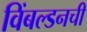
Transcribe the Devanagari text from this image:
विंबल्डनची